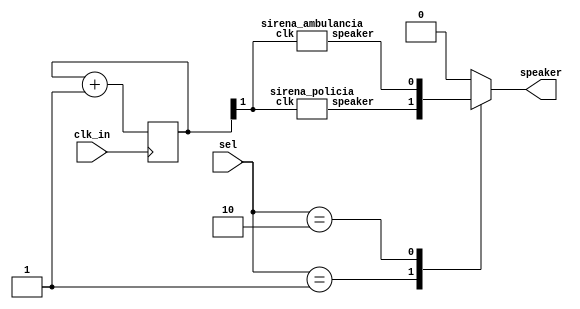
module sirena(
	input clk_in, 
	input [1:0] sel,
	output reg speaker
);	
	reg [1:0] div; 
	wire clk; 
	always @(posedge clk_in)
	begin 
		div <= div+1; 
	end 
	assign clk = div[1];

	wire [1:0] channels; 
	sirena_policia U1(clk, channels[0]); 
	sirena_ambulancia U2(clk, channels[1]); 

	always @(sel, channels)
	begin
		case(sel)
			2'b01 : speaker = channels[0]; 
			2'b10 : speaker = channels[1]; 
			default : speaker = 1'b0; 
		endcase
	end
	
endmodule



module sirena_policia(
	input clk, 
	output reg speaker
);

	reg [22:0] tone;
	always @(posedge clk) tone <= tone+1;
	wire [6:0] ramp = (tone[22] ? tone[21:15] : ~tone[21:15]);
	wire [14:0] clkdivider = {2'b01, ramp, 6'b000000};
	reg [14:0] counter;

	always @(posedge clk) 
	begin
		if(counter==0) 
			counter <= clkdivider; 
		else 
			counter <= counter-1;
	end 

	always @(posedge clk)
	begin 
		if(counter==0)
			speaker <= ~speaker;
	end


endmodule






module sirena_ambulancia(
	input clk, 
	output reg speaker
);

	reg [27:0] tone;
	always @(posedge clk) tone <= tone+1;
	wire [6:0] fastsweep = (tone[22] ? tone[21:15] : ~tone[21:15]);
	wire [6:0] slowsweep = (tone[25] ? tone[24:18] : ~tone[24:18]);
	wire [14:0] clkdivider = {2'b01, (tone[27] ? slowsweep : fastsweep), 6'b000000};
	reg [14:0] counter;

	always @(posedge clk) 
	begin
		if(counter==0) 
			counter <= clkdivider; 
		else 
			counter <= counter-1;
	end 

	always @(posedge clk)
	begin 
		if(counter==0)
			speaker <= ~speaker;
	end


endmodule